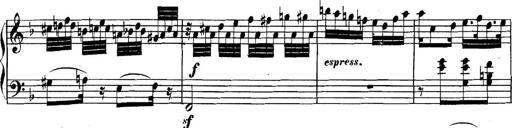
Title: Collected Piano Sonatas
Composer: Muzio Clementi